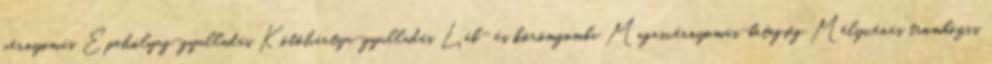
vérnyomás Epehólyag-gyulladás Kötőhártya-gyulladás Láb- és körömgomba Magasvérnyomás-betegség Mélyvénás trombózis